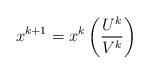
LaTeX: \begin{align*}x^{k+1}=x^{k}\left(\frac{U^{k}}{V^{k}}\right)\end{align*}